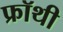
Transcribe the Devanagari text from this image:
फ्रॉथी